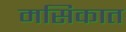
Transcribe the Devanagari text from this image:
मसिकात